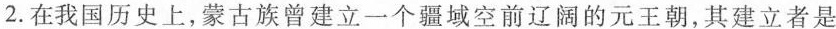
2.在我国历史上,蒙古族曾建立一个疆域空前辽阔的元王朝，其建立者是